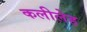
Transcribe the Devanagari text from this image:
कलीलेह